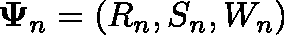
\mathbf { \Psi } _ { n } = ( R _ { n } , S _ { n } , W _ { n } )